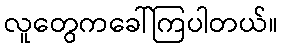
လူတွေကခေါ်ကြပါတယ်။